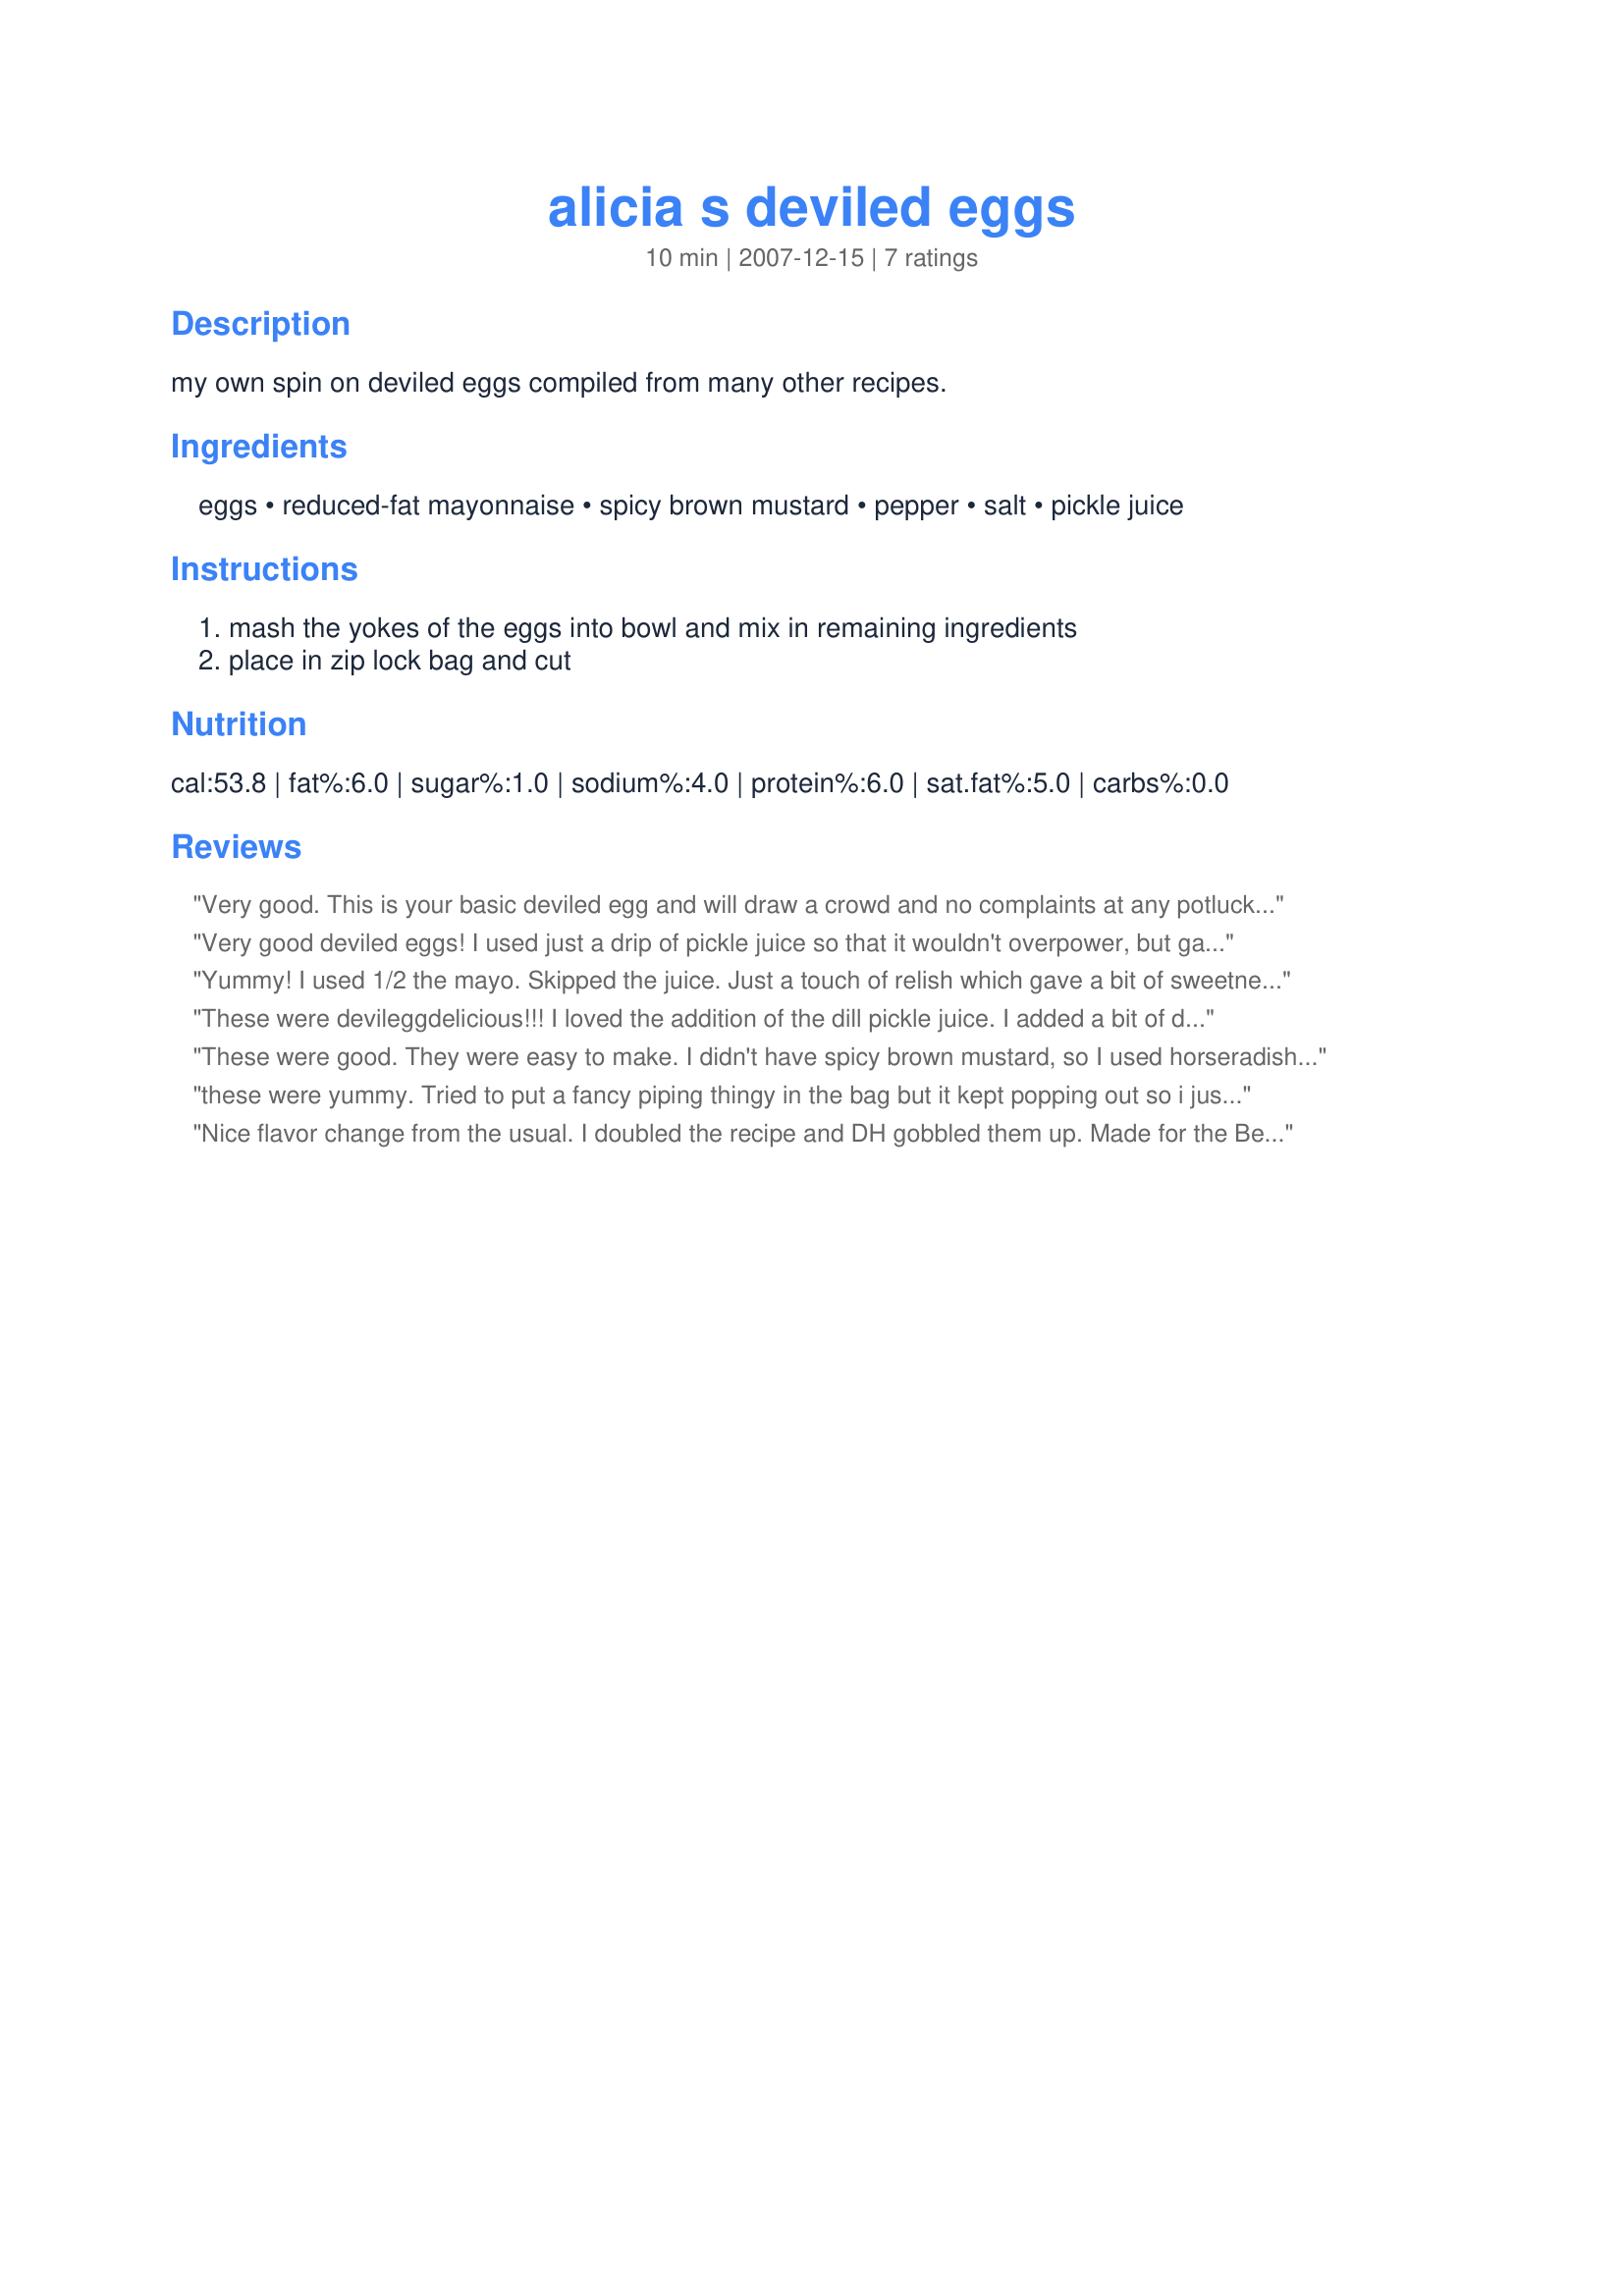
alicia s deviled eggs
Preparation time: 10 minutes

my own spin on deviled eggs compiled from many other recipes.

Ingredients:
eggs, reduced-fat mayonnaise, spicy brown mustard, pepper, salt, pickle juice

Steps:
mash the yokes of the eggs into bowl and mix in remaining ingredients, place in zip lock bag and cut

Reviews:
Very good. This is your basic deviled egg and will draw a crowd and no complaints at any potluck. Made for Beverage Tag's Green, Eggs, and Ham event March 2008.
Very good deviled eggs! I used just a drip of pickle juice so that it wouldn't overpower, but gave some flavor. Then I sprinkled with paprika. Thanks for posting!
Yummy! I used 1/2 the mayo. Skipped the juice. Just a touch of relish which gave a bit of sweetness. Thanks!
These were devileggdelicious!!! I loved the addition of the dill pickle juice. I added a bit of dried chives as well. I will definitely make these again. I made mine using both techniques, adding mixture to a plastic bag with a star tip and piped into the eggs. Made them very pretty and EGGSTRA SPECIAL!
Made For Green Eggs & Ham March Bevy Tag 09 - thanks for sharing! ~V
These were good. They were easy to make. I didn't have spicy brown mustard, so I used horseradish mustard instead. Thanks CE!! Made for the Mar '08 Bevy Tag game.
these were yummy. Tried to put a fancy piping thingy in the bag but it kept popping out so i just piped stright from the bag. the pickle juice just made it fantaticly different. 
thanks
Nice flavor change from the usual. I doubled the recipe and DH gobbled them up. Made for the Beverage Tag Game.
